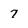
Character: 7